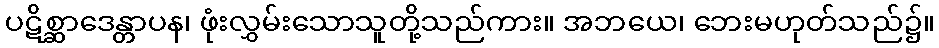
ပဋိစ္ဆာဒေန္တာပန၊ ဖုံးလွှမ်းသောသူတို့သည်ကား။ အဘယေ၊ ဘေးမဟုတ်သည်၌။